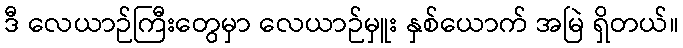
ဒီ လေယာဉ်ကြီးတွေမှာ လေယာဉ်မှူး နှစ်ယောက် အမြဲ ရှိတယ်။